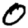
Digit: 0